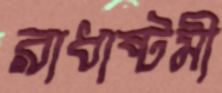
রাধাষ্টমী